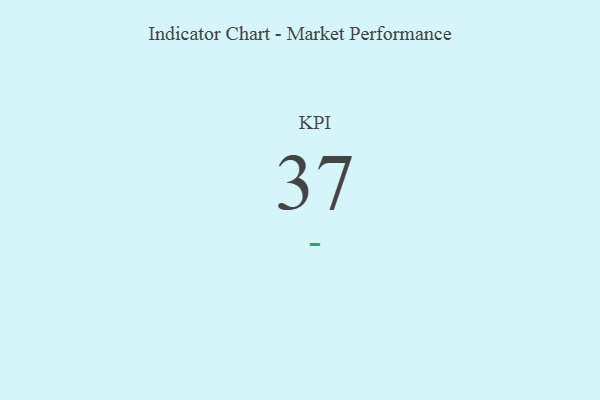
{"axis": {"x": "KPI", "y": "Value"}, "legend": [""], "data": [{"x": "KPI", "y": 37, "type": ""}]}